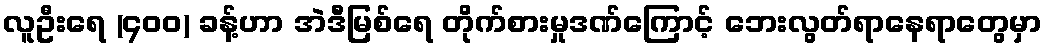
လူဦးရေ (၄ဝဝ) ခန့်ဟာ အဲဒီမြစ်ရေ တိုက်စားမှုဒဏ်ကြောင့် ဘေးလွတ်ရာနေရာတွေမှာ